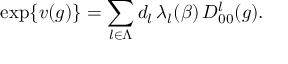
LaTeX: \exp \{ v ( g ) \} = \sum _ { l \in \Lambda } d _ { l } \, \lambda _ { l } ( \beta ) \, D _ { 0 0 } ^ { l } ( g ) .